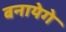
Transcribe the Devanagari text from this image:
बनायेगे